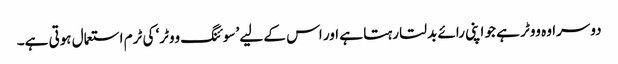
دوسرا وہ ووٹر ہے جو اپنی رائے بدلتا رہتا ہے اور اس کے لیے ’سوئنگ ووٹر‘ کی ٹرم استعمال ہوتی ہے۔